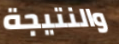
والنتيجة